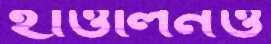
হাওলিনও